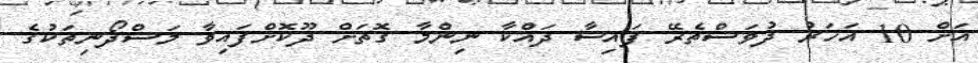
އަށް 10 އަހަރު ދުވަސްތެރޭ ފައިސާ ދައްކާ ނިންމާ ގޮތަށް ދޫކޮށްފައިވާ މަސްދޯނިތަކުގެ